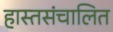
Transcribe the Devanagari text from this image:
हास्तसंचालित